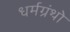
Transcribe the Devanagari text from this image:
धर्मग्रंथो